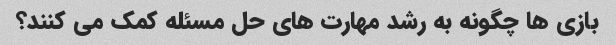
بازی ها چگونه به رشد مهارت های حل مسئله کمک می کنند؟